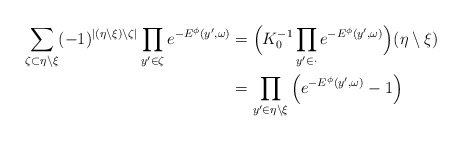
\begin{align*}\sum_{\zeta\subset\eta\setminus\xi } (-1)^{|(\eta\setminus\xi)\setminus\zeta|}\prod\limits_{y'\in \zeta}e^{-E^\phi\left( y',\omega\right)}&=\Bigl(K_0^{-1}\prod\limits_{y'\in\cdot }e^{-E^\phi\left(y',\omega \right)}\Bigl)(\eta\setminus\xi)\\&=\prod\limits_{y'\in\eta \setminus \xi }\left( e^{-E^\phi\left( y',\omega \right)}-1\right)\end{align*}